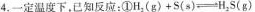
4.一定温度下，已知反应：①$$H _ { 2 } ( g ) + S ( s ) \rightleftharpoons H _ { 2 } S ( g )